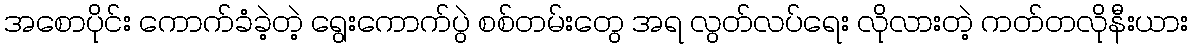
အစောပိုင်း ကောက်ခံခဲ့တဲ့ ရွေးကောက်ပွဲ စစ်တမ်းတွေ အရ လွတ်လပ်ရေး လိုလားတဲ့ ကတ်တလိုနီးယား